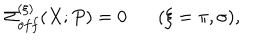
\Sigma _ { o f f } ^ { ( \xi ) } ( X ; P ) = 0 ( \xi = \pi , \sigma ) ,